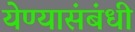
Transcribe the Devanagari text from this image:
येण्यासंबंधी